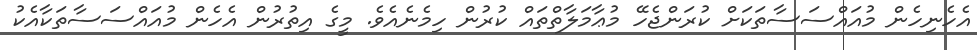
އެހެނިހެން މުއައްސަސާތަކަށް ކުރަންޖެހޭ މުޢާމަލާތްތައް ކުރުން ހިމެނެއެވެ. މީގެ އިތުރުން އެހެން މުއައްސަސާތަކާއެކު